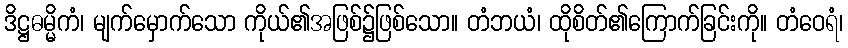
ဒိဋ္ဌဓမ္မိကံ၊ မျက်မှောက်သော ကိုယ်၏အဖြစ်၌ဖြစ်သော။ တံဘယံ၊ ထိုစိတ်၏ကြောက်ခြင်းကို။ တံဝေရံ၊